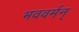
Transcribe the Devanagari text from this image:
भववर्मन्‌